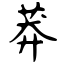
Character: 莽